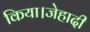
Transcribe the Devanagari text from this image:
किया।जेहादी